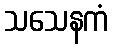
သသေနကံ